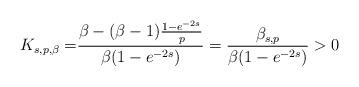
LaTeX: \begin{align*}K_{s, p,\beta}=&\frac{\beta - (\beta-1)\frac{1-e^{-2s}}{p}}{\beta(1-e^{-2s})}=\frac{\beta_{s,p}}{\beta(1-e^{-2s})} > 0\end{align*}